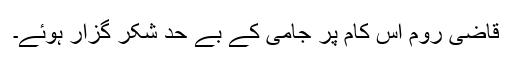
قاضی روم اِس کام پر جامی کے بے حد شکر گزار ہوئے۔